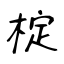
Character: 椗